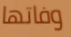
وفاتها